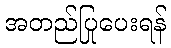
အတည်ပြုပေးရန်